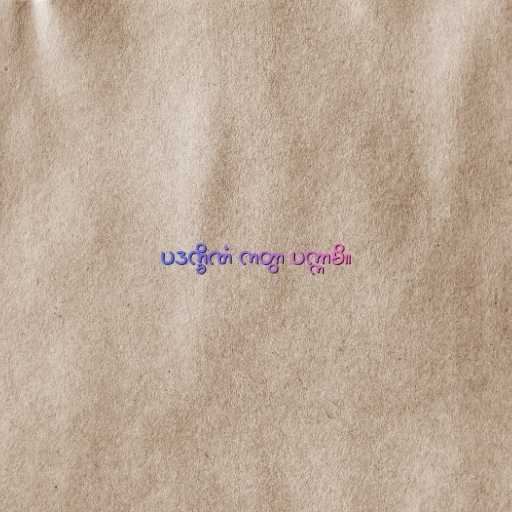
ပဒက္ခိဏံ ကတွာ ပက္ကာမိ။